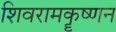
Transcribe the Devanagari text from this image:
शिवरामकॄष्णन